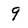
Character: 9